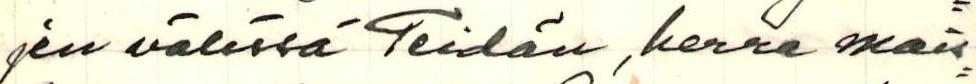
jen välissä Teidän, herra mais=